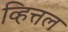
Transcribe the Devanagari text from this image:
व्हित्तल